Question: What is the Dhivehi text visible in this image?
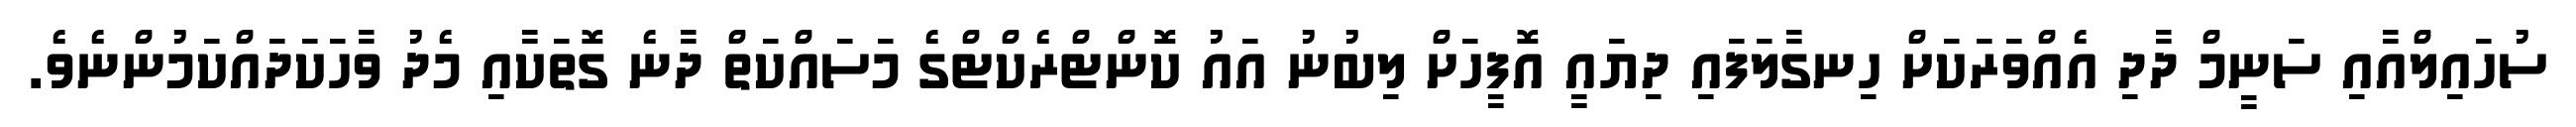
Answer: ސުހައިލްއާއި ސަނީމް ދާދި އެއްވަރަކަށް ހިނގާލަފައި ދިޔައީ އޮފީހަށް ލިބުނު އައު ކޮންޓްރެކްޓްގެ މަސައްކަތް ދާނެ ގޮތަކާއި މެދު ވާހަކަދައްކަމުންނެވެ.